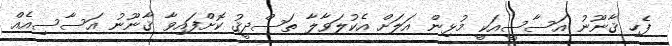
ފެހި ޤާނޫނު އަސާސީއަކީ މުޅިން އަލަށް އެކުލަވާލާ ތަސްދީޤު ކޮށްފައިވާ ޤާނޫނު އަސާސިއެއް